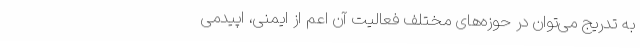
به تدریج می‌توان در حوزه‌های مختلف فعالیت آن اعم از ایمنی، اپیدمی